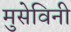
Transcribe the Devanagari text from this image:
मुसेविनी